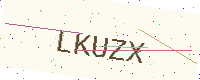
Text: LKUZX